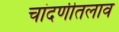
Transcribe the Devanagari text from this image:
चांदणीतलाव